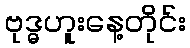
ဗုဒ္ဓဟူးနေ့တိုင်း